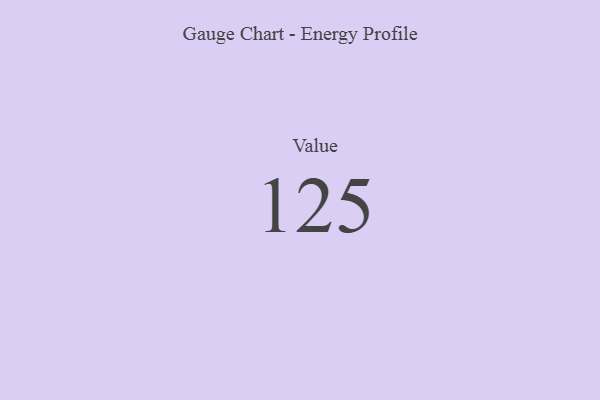
{"axis": {"x": "Metric", "y": "Value"}, "legend": [""], "data": [{"x": "Value", "y": 125, "type": ""}]}